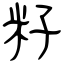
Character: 籽